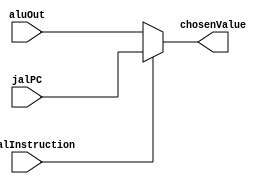
`timescale 1ns / 1ps
////////////////////////////////////////////////////////////////////////////////
// Module Name: Jump and Link Arithmetic Logic Unit Output Multiplexer
// Instruction Stage: Execution
//
// Description: This mux chooses the ALU output value between what is calculated
//              in the ALU and the iterated program counter value for the
//              Jump and Link instruction.
////////////////////////////////////////////////////////////////////////////////


module JalALUMux(
    // Inputs
    input isJalInstruction,
    input [31:0] jalPC,
    input [31:0] aluOut,
    // Outputs
    output reg [31:0] chosenValue
    );

    always @(*) begin
        if (isJalInstruction) chosenValue = jalPC;
        else chosenValue = aluOut;
    end
endmodule